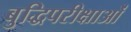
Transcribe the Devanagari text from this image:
बुद्धिपरीक्षाओं